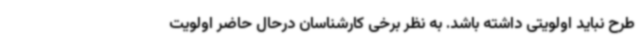
طرح نباید اولویتی داشته باشد. به نظر برخی کارشناسان درحال حاضر اولویت